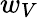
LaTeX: w_{V}